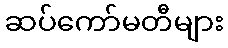
ဆပ်ကော်မတီများ